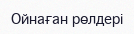
Ойнаған рөлдері